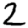
Digit: 2